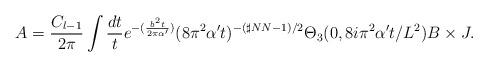
LaTeX: \begin{align*}A=\frac{C_{l-1}}{2\pi}\int \frac{dt}{t} e^{-(\frac{b^2 t}{2\pi \alpha'})} (8\pi^2 \alpha' t)^{-(\sharp NN -1)/2} \Theta_{3}(0,8i\pi^{2} \alpha ' t/L^2) B \times J.\end{align*}